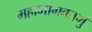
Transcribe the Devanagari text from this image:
महाभागवतमु